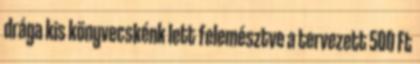
drága kis könyvecskénk lett felemésztve a tervezett 500 Ft